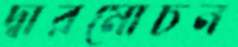
দ্বারমোচন